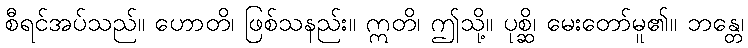
စီရင်အပ်သည်။ ဟောတိ၊ ဖြစ်သနည်း။ ဣတိ၊ ဤသို့။ ပုစ္ဆိ၊ မေးတော်မူ၏။ ဘန္တေ၊